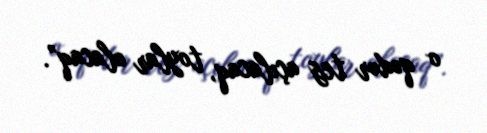
o qədər tez açılacaq, toylar olacaq”.